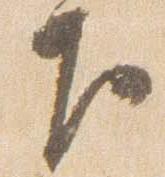
下